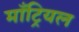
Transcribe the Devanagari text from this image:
माँट्रियल